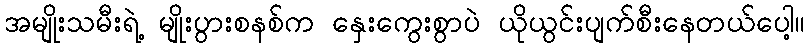
အမျိုးသမီးရဲ့ မျိုးပွားစနစ်က နှေးကွေးစွာပဲ ယိုယွင်းပျက်စီးနေတယ်ပေါ့။